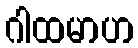
ဂါထမာဟ